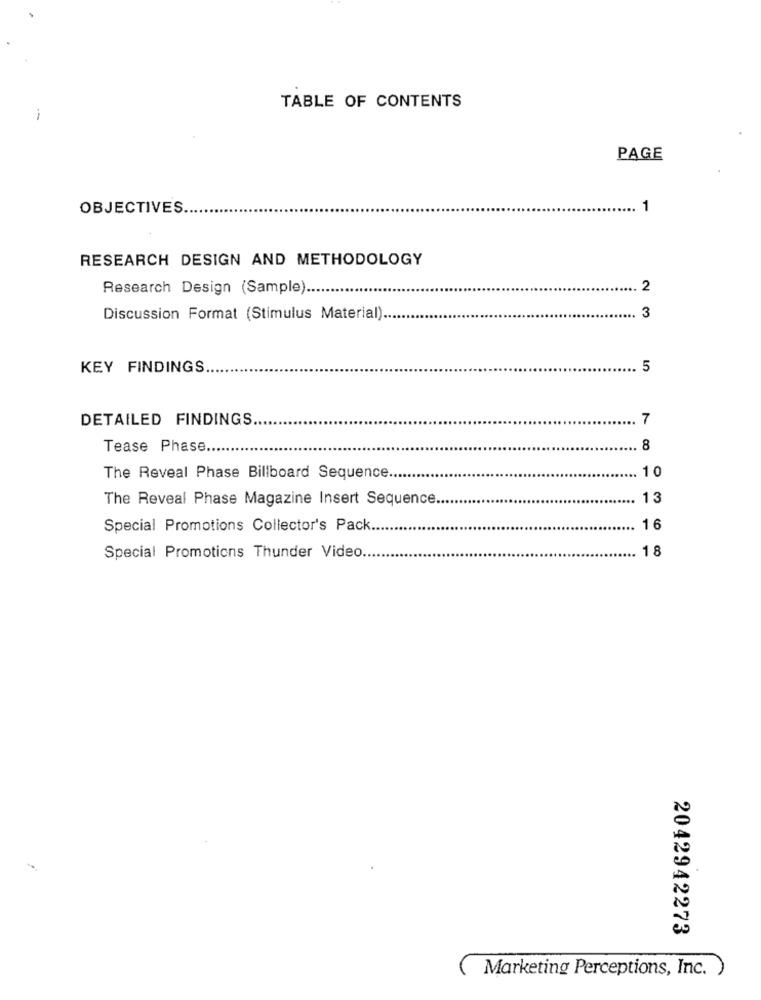
TABLE OF CONTENTS
PAGE
OBJECTIVES.
1
RESEARCH DESIGN AND METHODOLOGY
Research Design (Sample).
... 2
Discussion Format (Stimulus Material) ..
3
KEY FINDINGS
.. 5
DETAILED FINDINGS.
7
Tease Phase ..
8
10
The Reveal Phase Billboard Sequence ..
The Reveal Phase Magazine Insert Sequence.
13
Special Promotions Collector's Pack ...
1 6
. 18
Special Promotions Thunder Video.
2042942273
Marketing Perceptions, Inc. )